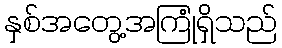
နှစ်အတွေ့အကြုံရှိသည်